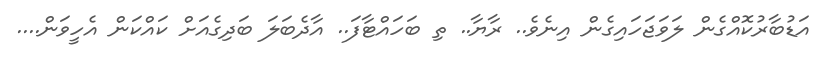
އަޑުބާރުކޮއްގެން ލަވަޖަހައިގެން އިނެވެ.. ރާޔާ.. ތި ބަހައްޓާފަ.. އާދެބަލަ ބަދިގެއަށް ކައްކަން އެހީވަން....